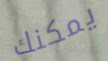
يمكنك